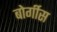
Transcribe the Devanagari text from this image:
बोर्गीस